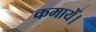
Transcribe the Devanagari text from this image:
कमायेँ।